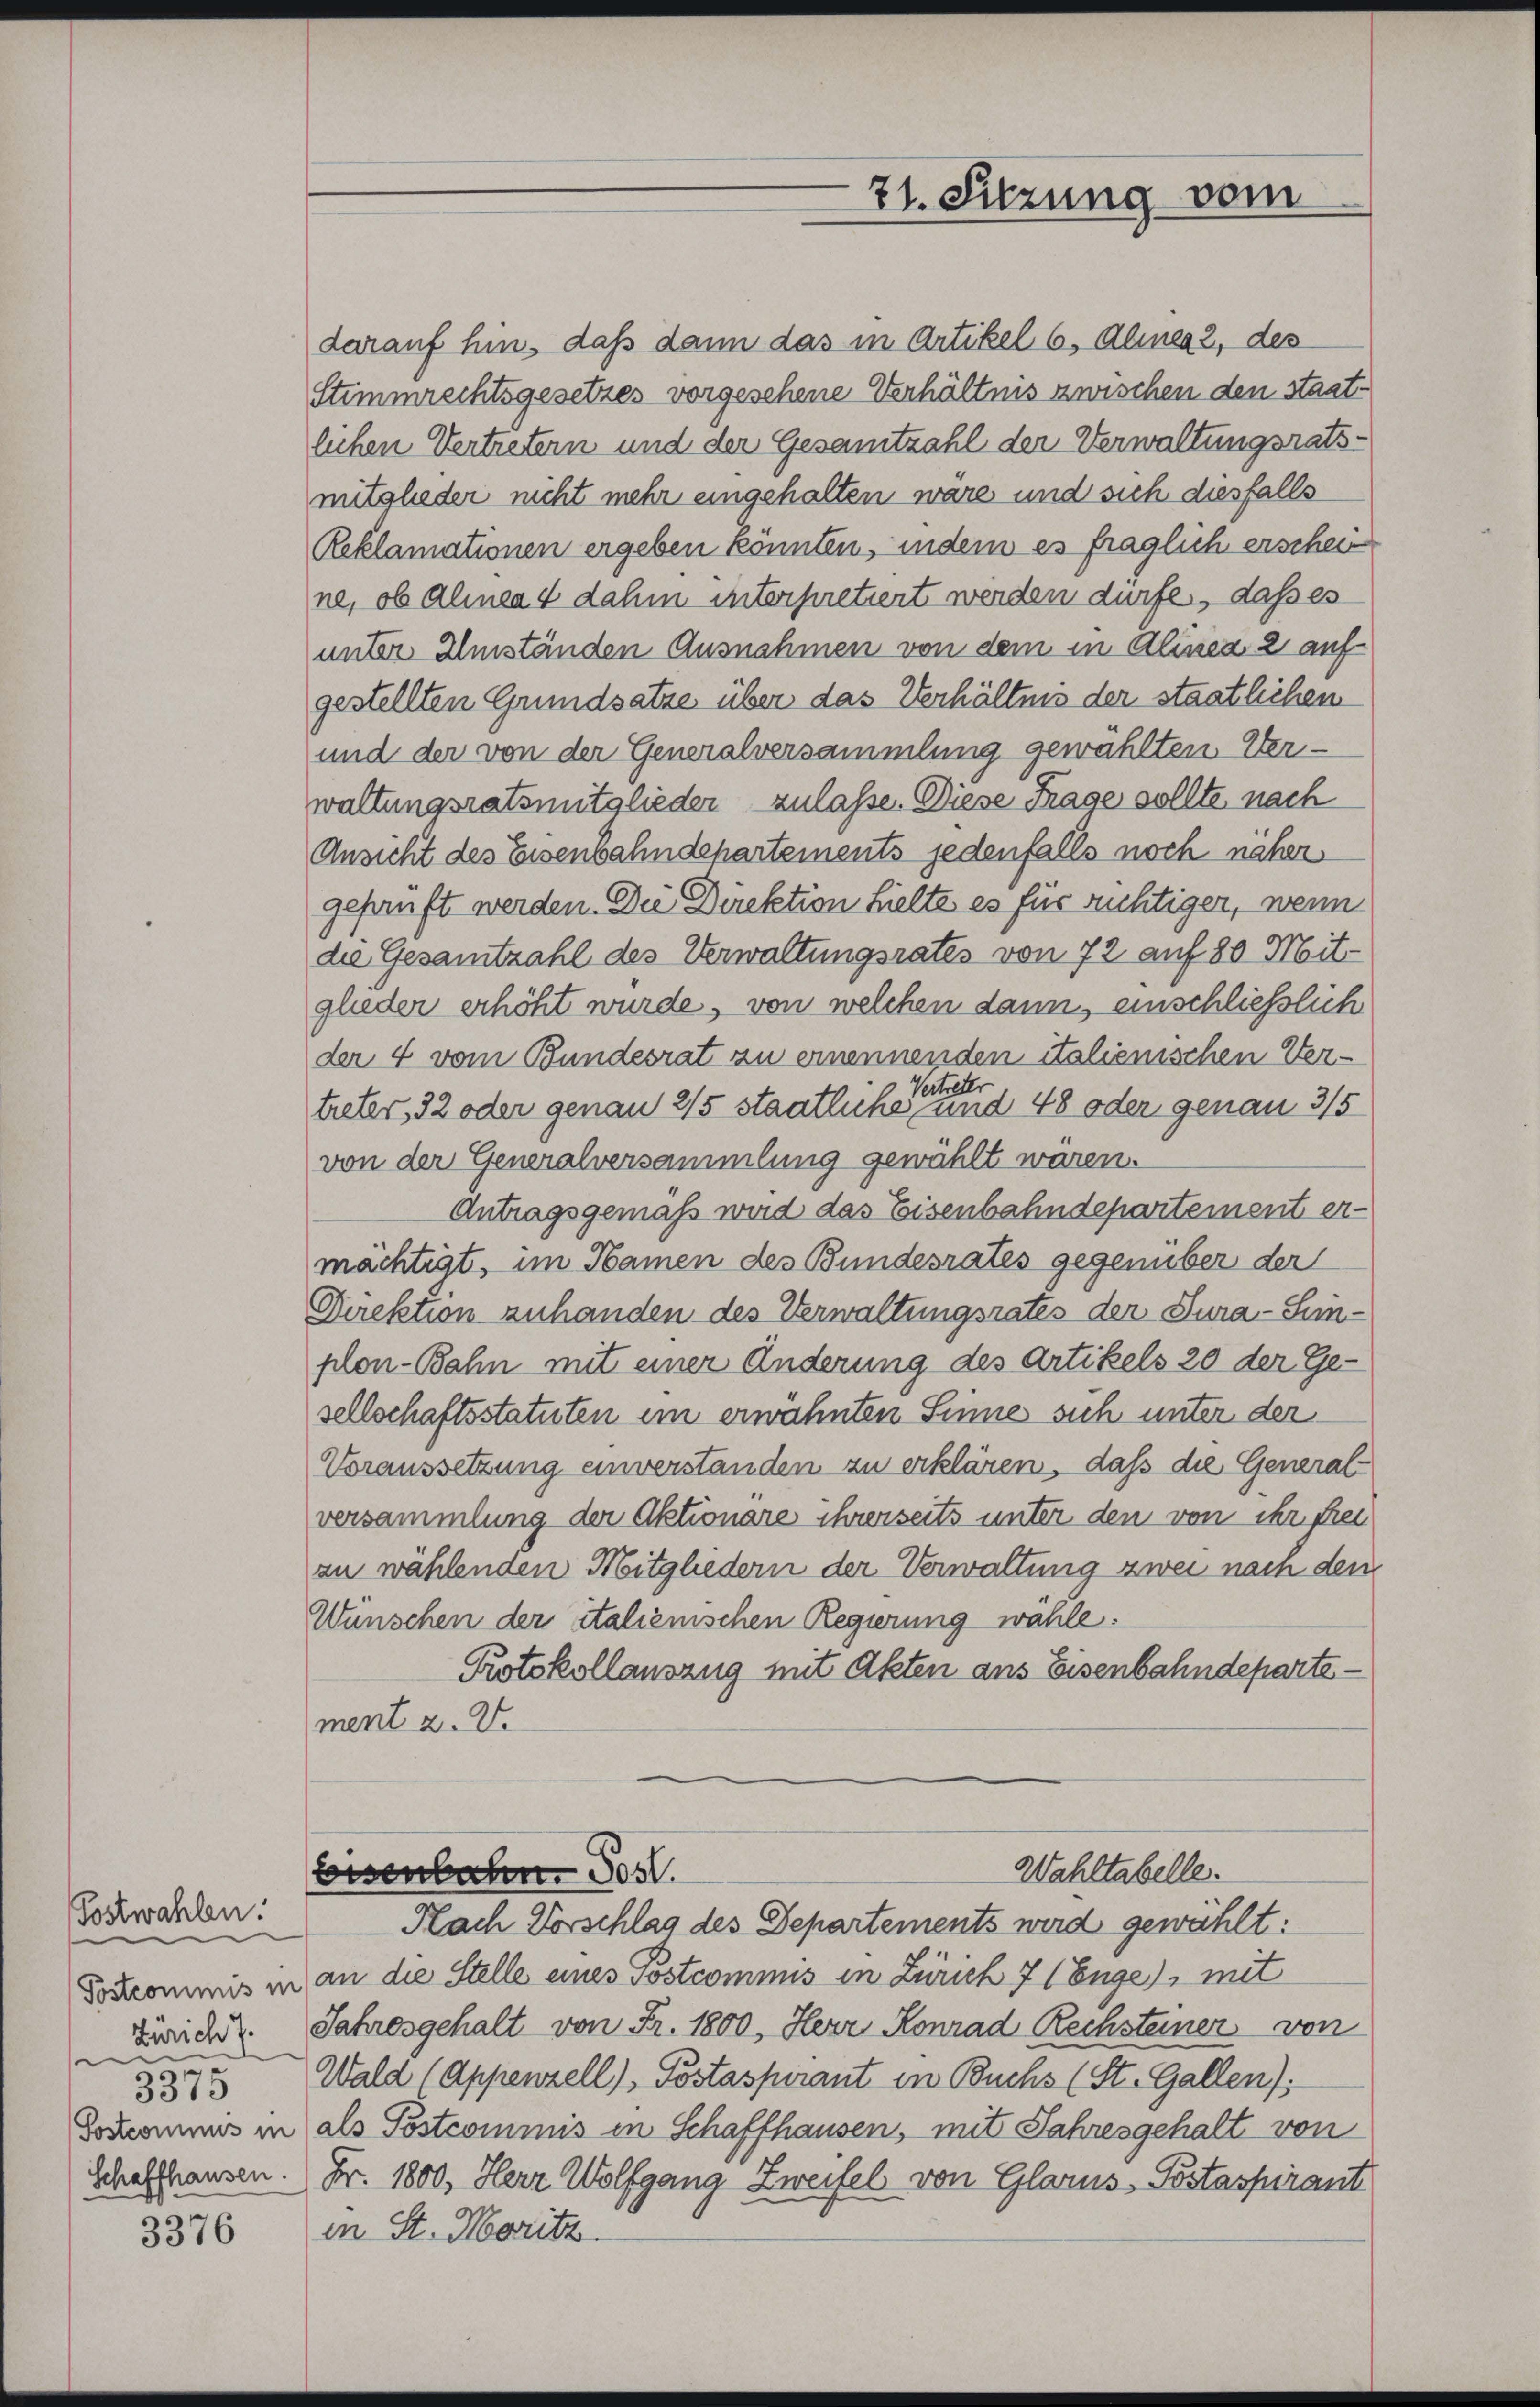
Postwahlen.
Zürich 7.
d
6
3510

3376

darauf hin, daß dann das in Artikel 6, Alines 2, des
Stimmrechtsgesetzes vorgesehene Verhältnis zwischen den staatlichen Vertretern und der Gesamtzahl der Verwaltungsrats-
mitglieder nicht mehr eingehalten wäre und sich diesfalls
Reklamationen ergeben könnten, indem es fraglich erschein
ne, ob Alineat dahin interpretiert werden dürfe, daß es
unter Umständen Ausnahmen von dem in Alinea 2 auf
gestellten Grundsatze über das Verhältnis der staatlichen
und der von der Generalversammlung gewählten Verwaltungsratsmitglieder zulasse. Diese Frage sollte nach
Ansicht des Eisenbahndepartements jedenfalls noch näher
geprüft werden. Die Direktion hielte es für richtigen, wenn
die Gesamtzahl des Verwaltungsrates von 72 auf 80 Mitglieder erhöht wurde, von welchen dann, einschließlich
der 4 vom Bundesrat zu ernennenden italienischen Verder
Vertr
treter, 32 oder genau 2/5 staatliche und 48 oder genau 3/5
von der Generalversammlung gewählt wären.
Antragsgemäß wird das Eisenbahndepartement er-
mächtigt, im Namen des Bundesrates gegenüber der
Direktion zuhanden des Verwaltungsrates der Jura-Seinplen-Bahn mit einer Änderung des Artikels 20 der Ge-
sellschaftsstatuten im erwähnten Sinne sich unter der
Voraussetzung einverstanden zu erklären, daß die General
versammlung der Aktionäre ihrerseits unter den von ihr frei
zu wählenden Mitgliedern der Verwaltung zwei nach den
Wünschen der italienischen Regierung wähle:
Protokollauszug mit Akten ans Eisenbahndeparte
ment z. V.

21. Sitzung vom

Wahltabelle.
Eisenbahn. Jos.
Nach Vorschlag des Departements wird gewählt:

Toskommnis in an die Stelle eines Postcommis in Zürich 7 (Enge), mit
Jahresgehalt von Fr. 1800. Herr Konrad Rechsteiner von
Wald (Appenzell) Postaspirant in Buchs (St. Gallen):
Sozcommis in als Postcommis in Schaffhausen, mit Jahresgehalt von
Schaffhausen. Fr. 1800. Herr Wolfgang Zweifel von Glarus, Postaspirant
in St. Moritz